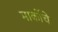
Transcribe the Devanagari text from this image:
मार्कोचे